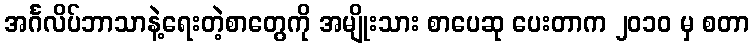
အင်္ဂလိပ်ဘာသာနဲ့ရေးတဲ့စာတွေကို အမျိုးသား စာပေဆု ပေးတာက ၂၀၁၀ မှ စတာ